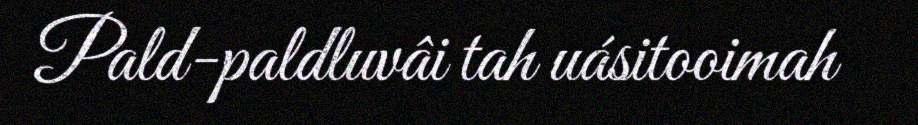
Pald-paldluvâi tah uásitooimah